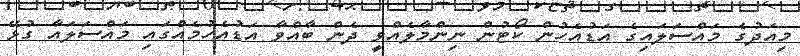
މިއަދުގެ މައްސަލައިގެ އަޑުއެހުން ކޯޓުން ނިންމާލެއްވީ ދެން ބާއްވާ އަޑުއެހުމެއްގައި މައްސަލައާ ގުޅޭ